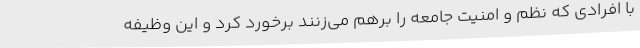
با افرادی که نظم و امنیت جامعه را برهم می‌زنند برخورد کرد و این وظیفه